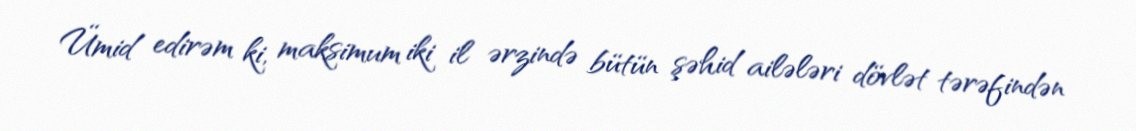
Ümid edirəm ki, maksimum iki il ərzində bütün şəhid ailələri dövlət tərəfindən